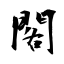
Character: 閣